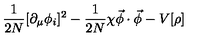
\frac { 1 } { 2 N } [ \partial _ { \mu } \phi _ { i } ] ^ { 2 } - \frac { 1 } { 2 N } \chi { \vec { \phi } \cdot \vec { \phi } } - V [ { \rho } ]